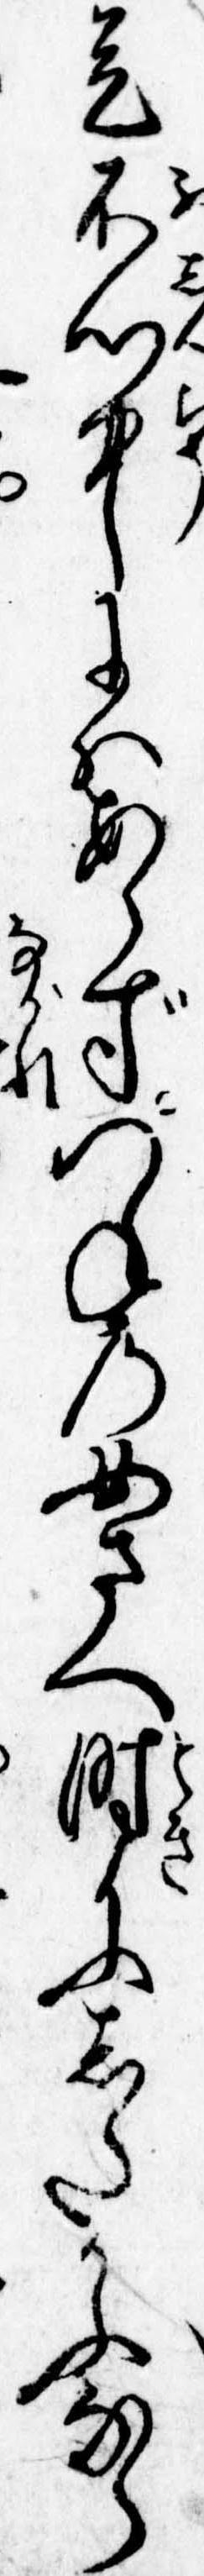
是不心中にはあらずつねの女さへ時にしたかふなら